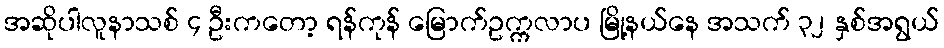
အဆိုပါလူနာသစ် ၄ ဦးကတော့ ရန်ကုန် မြောက်ဥက္ကလာပ မြို့နယ်နေ အသက် ၃၂ နှစ်အရွယ်